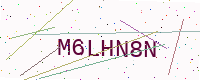
Text: M6LHN8N